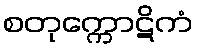
စတုက္ကောဋိကံ